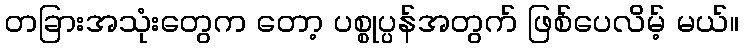
တခြားအသုံးတွေက တော့ ပစ္စုပ္ပန်အတွက် ဖြစ်ပေလိမ့် မယ်။